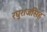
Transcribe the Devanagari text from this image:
रघुराजसिंह